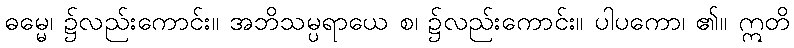
ဓမ္မေ၊ ၌လည်းကောင်း။ အဘိသမ္ပရာယေ စ၊ ၌လည်းကောင်း။ ပါပကော၊ ၏။ ဣတိ